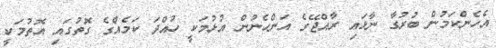
އެހެންކަމުން ބުރުގާ ނާޅައި ރާއްޖޭގެ އަންހެނުން އުޅުމަކީ ހުއްދަ ކަމެއްގެ ގޮތުގައި އޮތުމަކީ